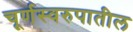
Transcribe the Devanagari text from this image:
चूर्णस्वरुपातील